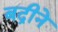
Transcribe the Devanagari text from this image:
बद्रीने